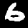
Label: 6